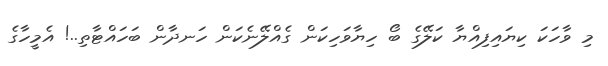
މި ވާހަކަ ކިޔައިފިއްޔާ ކަލޭގެ ބޯ ހިޔާވަހިކަން ގެއްލޭނެކަން ހަނދާން ބަހައްޓާތި..! އެމީހާގެ